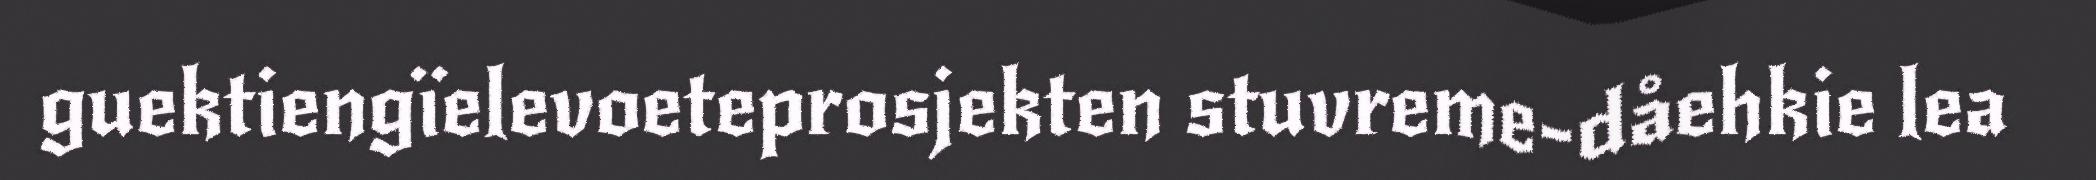
guektiengïelevoeteprosjekten stuvreme-dåehkie lea